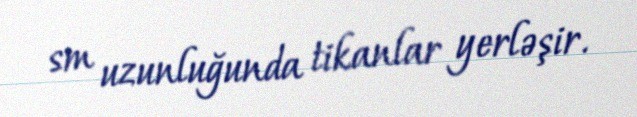
sm uzunluğunda tikanlar yerləşir.